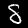
Label: 8